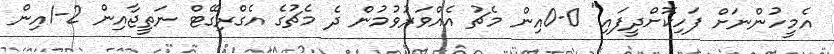
އެމީހުންނަށް ފަހިކޮށްދީފައި" 0-0އިން މެޗު އެއްވަރުވުމުން ދެ މެޗުގެ އެގްރިގޭޓް ނަތީޖާއިން 2-1އިން